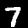
Digit: 7